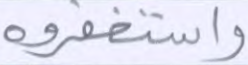
واستغفروه